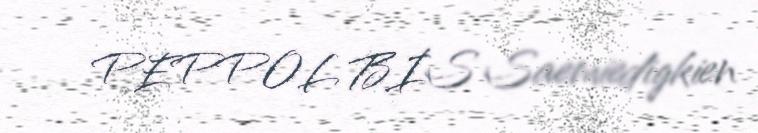
PEPPOL BIS Saemiedigkien